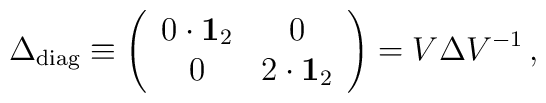
\Delta_{\rm diag}\equiv \left(\begin{array}{cc}0\cdot {\bf 1}_2 & 0  \\0 & 2\cdot {\bf 1}_2\end{array}\right) =V\Delta V^{-1}\, ,